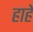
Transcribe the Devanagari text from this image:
हाहे